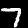
Label: 7